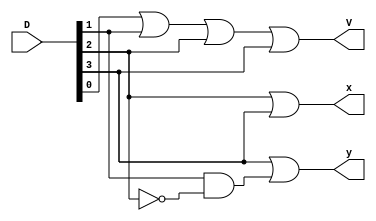
module four_bit_priority_encoder
(
	D,
	x,
	y,
	V
);

	input [3:0] D;
	output x, y, V;

	assign x = D[2] | D[3];
	assign y = D[3] | (D[1] & ~D[2]);
	assign V = D[0] | D[1] | D[2] | D[3];

endmodule